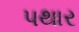
પથાર